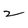
Character: z